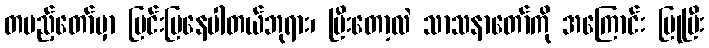
တပည့်တော်မှာ ပြင်းပြနေပါတယ်ဘုရား၊ ပြီးတော့လဲ သာသနာတော်ကို အကြောင်း ပြုပြီး